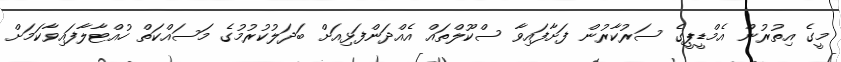
މީގެ އިތުރުން އެމްޑީޕީގެ ސަރުކާރުން ފަށާފައިވާ ސްކޫލްތައް އެއްދަންފަޅިއަށް ބަދަލުކުރުމުގެ މަސައްކަތް ހުއްޓާލާފައިވާކަމަށް